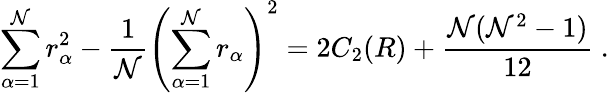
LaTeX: \sum_{\alpha=1}^{\mathcal{N}}r_{\alpha}^{2}-\frac{{1}}{{\mathcal{N}}}\left(\sum_{\alpha=1}^{\mathcal{N}}r_{\alpha}\right)^{2}=2C_{2}(R)+\frac{{\mathcal{N}(\mathcal{N}^{2}-1)}}{{12}}\ .